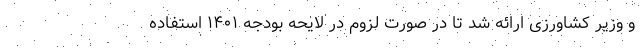
و وزیر کشاورزی ارائه شد تا در صورت لزوم در لایحه بودجه ۱۴۰۱ استفاده